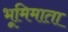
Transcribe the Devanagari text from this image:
भूमिमाता